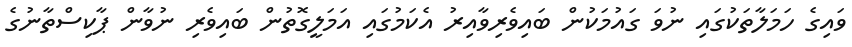
ވައިގެ ހަމަލާތަކުގައި ނުވަ ގައުމަކުން ބައިވެރިވާއިރު އެކަމުގައި އަމަލީގޮތުން ބައިވެރި ނުވާން ޕާކިސްތާނުގެ